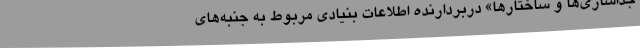
جداسازی‌ها و ساختارها» دربردارنده اطلاعات بنیادی مربوط به جنبه‌های